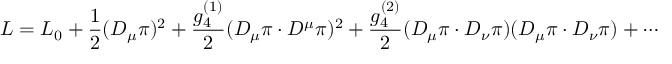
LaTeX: { \cal L } = { \cal L _ { 0 } } + \frac { 1 } { 2 } ( D _ { \mu } \pi ) ^ { 2 } + \frac { g _ { 4 } ^ { ( 1 ) } } { 2 } ( D _ { \mu } \pi \cdot D ^ { \mu } \pi ) ^ { 2 } + \frac { g _ { 4 } ^ { ( 2 ) } } { 2 } ( D _ { \mu } \pi \cdot D _ { \nu } \pi ) ( D _ { \mu } \pi \cdot D _ { \nu } \pi ) + \cdots